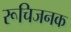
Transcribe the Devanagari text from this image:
रूचिजनक